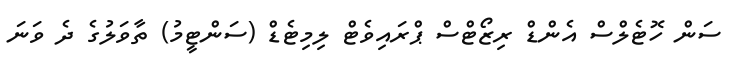
ސަން ހޮޓެލްސް އެންޑް ރިޒޯޓްސް ޕްރައިވެޓް ލިމިޓެޑް (ސަންޓީމު) ތާވަލުގެ ދެ ވަނަ